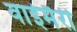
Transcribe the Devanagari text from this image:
वाईमैरी